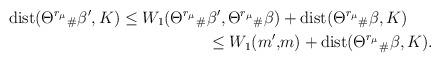
LaTeX: \begin{align*}\mathrm{dist}(\Theta^{r_\mu}{}_\#\beta',K)\leq W_1(\Theta^{r_\mu}{}_\#\beta',\Theta^{r_\mu}{}_\#\beta)&+\mathrm{dist}(\Theta^{r_\mu}{}_\#\beta,K)\\ \leq W_1(m',&m)+\mathrm{dist}(\Theta^{r_\mu}{}_\#\beta,K).\end{align*}